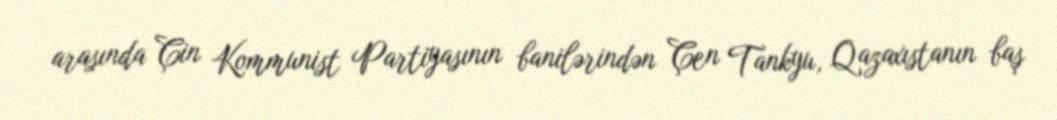
arasında Çin Kommunist Partiyasının banilərindən Çen Tankyu, Qazaxıstanın baş